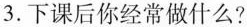
3.下课后你经常做什么?